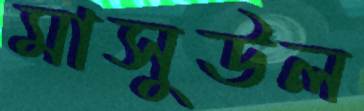
মাসুউল